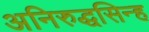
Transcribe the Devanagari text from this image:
अनिरुद्धसिन्ह